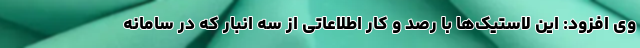
وی افزود: این لاستیک‌ها با رصد و کار اطلاعاتی از سه انبار که در سامانه